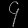
Digit: ၄